Civil Veterinary Department Bihar reports 1936-40 - 1936-1940
Year: 1936
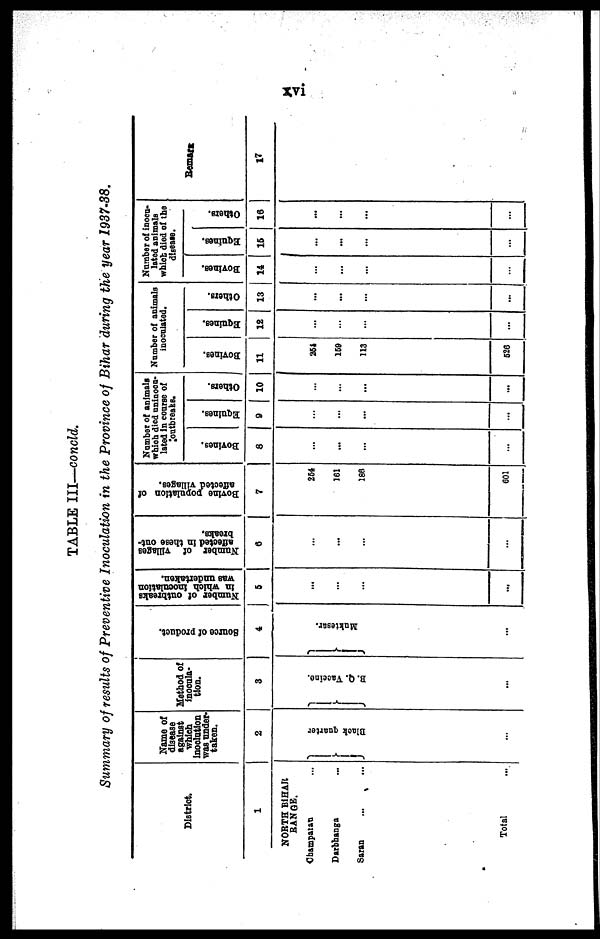
xvi
TABLE III—concld.
Summary of results of Preventive Inoculation in the Province of Bihar during the year 1937-38.
District.
1
NORTH BIHAR
RANGE.
Champatan ...
Darbhanga ...
Saran ... ...
Total ...
Name of
disease
against
which
inoclution
was under-
taken.
2
Black quarter
...
Method of
inocula-
tion.
3
B. Q. Vaccine.
...
Source of product.
4
Muktesar.
...
Number of outbreaks
in
which inoculation
was undertaken.
5
...
...
...
...
Number of Tillages
affected in these out-
breaks.
6
...
...
...
...
Bovine population of
affected villages.
7
254
161
186
601
Number of animals
which died uninoca-
lated in coarse of
outbreaks.
Bovines.
8
...
...
...
...
Equines.
9
...
...
...
...
Others.
10
...
...
...
...
Number of animals
inoculated.
Bovines.
11
254
159
113
526
Equines.
12
...
...
...
...
Others.
13
...
...
...
...
Number of inocu-
lated animals
which died of the
disease.
Bovines.
14
...
...
...
...
Equines.
15
...
...
...
...
Others.
16
...
...
...
...
Remark
17